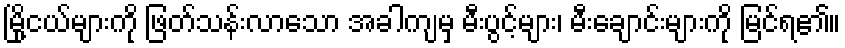
မြို့ငယ်များကို ဖြတ်သန်းလာသော အခါကျမှ မီးပွင့်များ၊ မီးချောင်းများကို မြင်ရ၏။